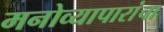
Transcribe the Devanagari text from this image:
मनोव्यापारांचा